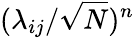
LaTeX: (\lambda_{ij}/\sqrt{N})^{n}